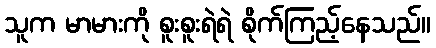
သူက မာမားကို စူးစူးရဲရဲ စိုက်ကြည့်နေသည်။